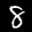
Label: 8